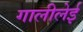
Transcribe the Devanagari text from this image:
गालीलेई